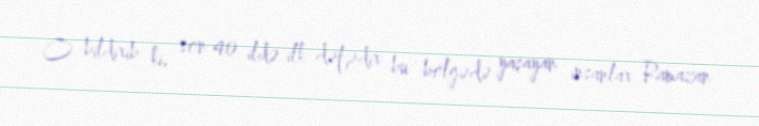
O bildirib ki, son 40 ildə ilk dəfədir bu bölgədə yaşayan insanlar Ramazan